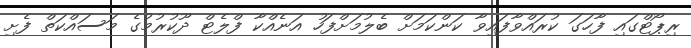
ރިޕޯޓްގައި ފާހަގަ ކުރައްވާފައިވާ ކަންކަމަށް ބެލުމަށްފަހު އަނެއްކާ ފްލެޓް ދޫކުރުމުގެ މަސައްކަތް ފެށި